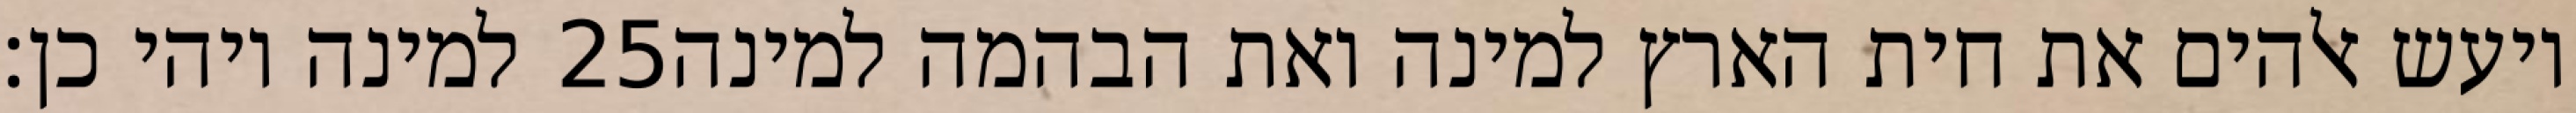
למינה ויהי כן׃ ‎25‏ ויעש אלהים את חית הארץ למינה ואת הבהמה למינה